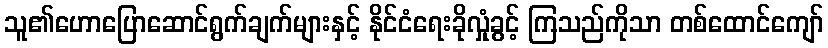
သူ၏ဟောပြောဆောင်ရွက်ချက်များနှင့် နိုင်ငံရေးခိုလှုံခွင့် ကြသည်ကိုသာ တစ်ထောင်ကျော်